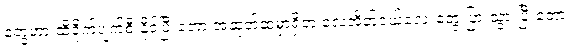
တွေဟာ ထိခိုက်ပျက်စီးနိုင်ပြီးတော့ အဆုတ်ထဲမှာရှိတဲ့ လေအိတ်ငယ်လေးတွေ ပြားသွားပြီးတော့